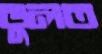
ভুলত